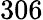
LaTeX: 306